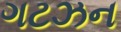
ગટઝન